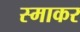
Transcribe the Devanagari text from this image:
स्‍माकर